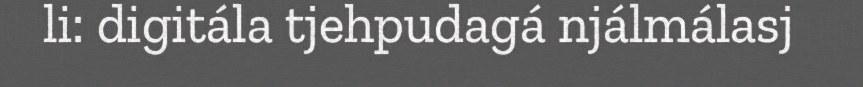
li: digitála tjehpudagá njálmálasj